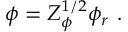
\phi = Z _ { \phi } ^ { 1 / 2 } \phi _ { r } \ .